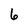
Character: 6